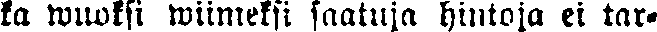
ka wuoksi wiimeksi saatuja hintoja ei tar-